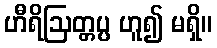
ဟီရိဩတ္တပ္ပ ဟူ၍ မရှိ။